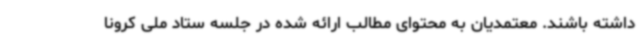
داشته باشند. معتمدیان به محتوای مطالب ارائه شده در جلسه ستاد ملی کرونا